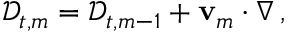
\mathscr { D } _ { t , m } = \mathscr { D } _ { t , m - 1 } + \ensuremath { \mathbf { v } } _ { m } \cdot \nabla \, ,